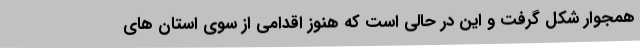
همجوار شکل گرفت و این در حالی است که هنوز اقدامی از سوی استان های